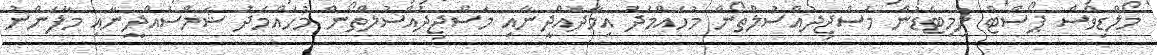
މޯލްޑިވްސް ޕޯސްޓް ލިމިޓެޑުން މަސްޖިދުއްސުލްތޯން މުހައްމަދު އިމާދުއްދީނާއި މަސްޖިދުއްސުލްތޯން މުހައްމަދު ޝަމްސުއްދީނާއި މާފަންނު